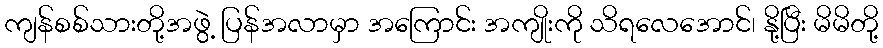
ကျန်စစ်သားတို့အဖွဲ့ ပြန်အလာမှာ အကြောင်း အကျိုးကို သိရလေအောင်၊ နို့ပြီး မိမိတို့